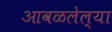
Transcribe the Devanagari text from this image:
आवळलेल्या